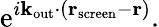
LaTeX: \mathrm{e}^{i\mathbf{{k}}_{\mathrm{{out}}}\cdot\left(\mathbf{{r}}_{\mathrm{{scr\mathrm{e}\mathrm{e}n}}}-\mathbf{{r}}\right)}.